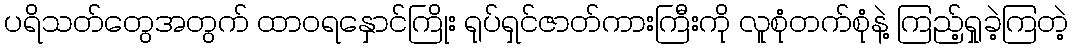
ပရိသတ်တွေအတွက် ထာဝရနှောင်ကြိုး ရုပ်ရှင်ဇာတ်ကားကြီးကို လူစုံတက်စုံနဲ့ ကြည့်ရှုခဲ့ကြတဲ့